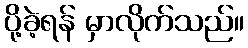
ပို့ခဲ့ရန် မှာလိုက်သည်။